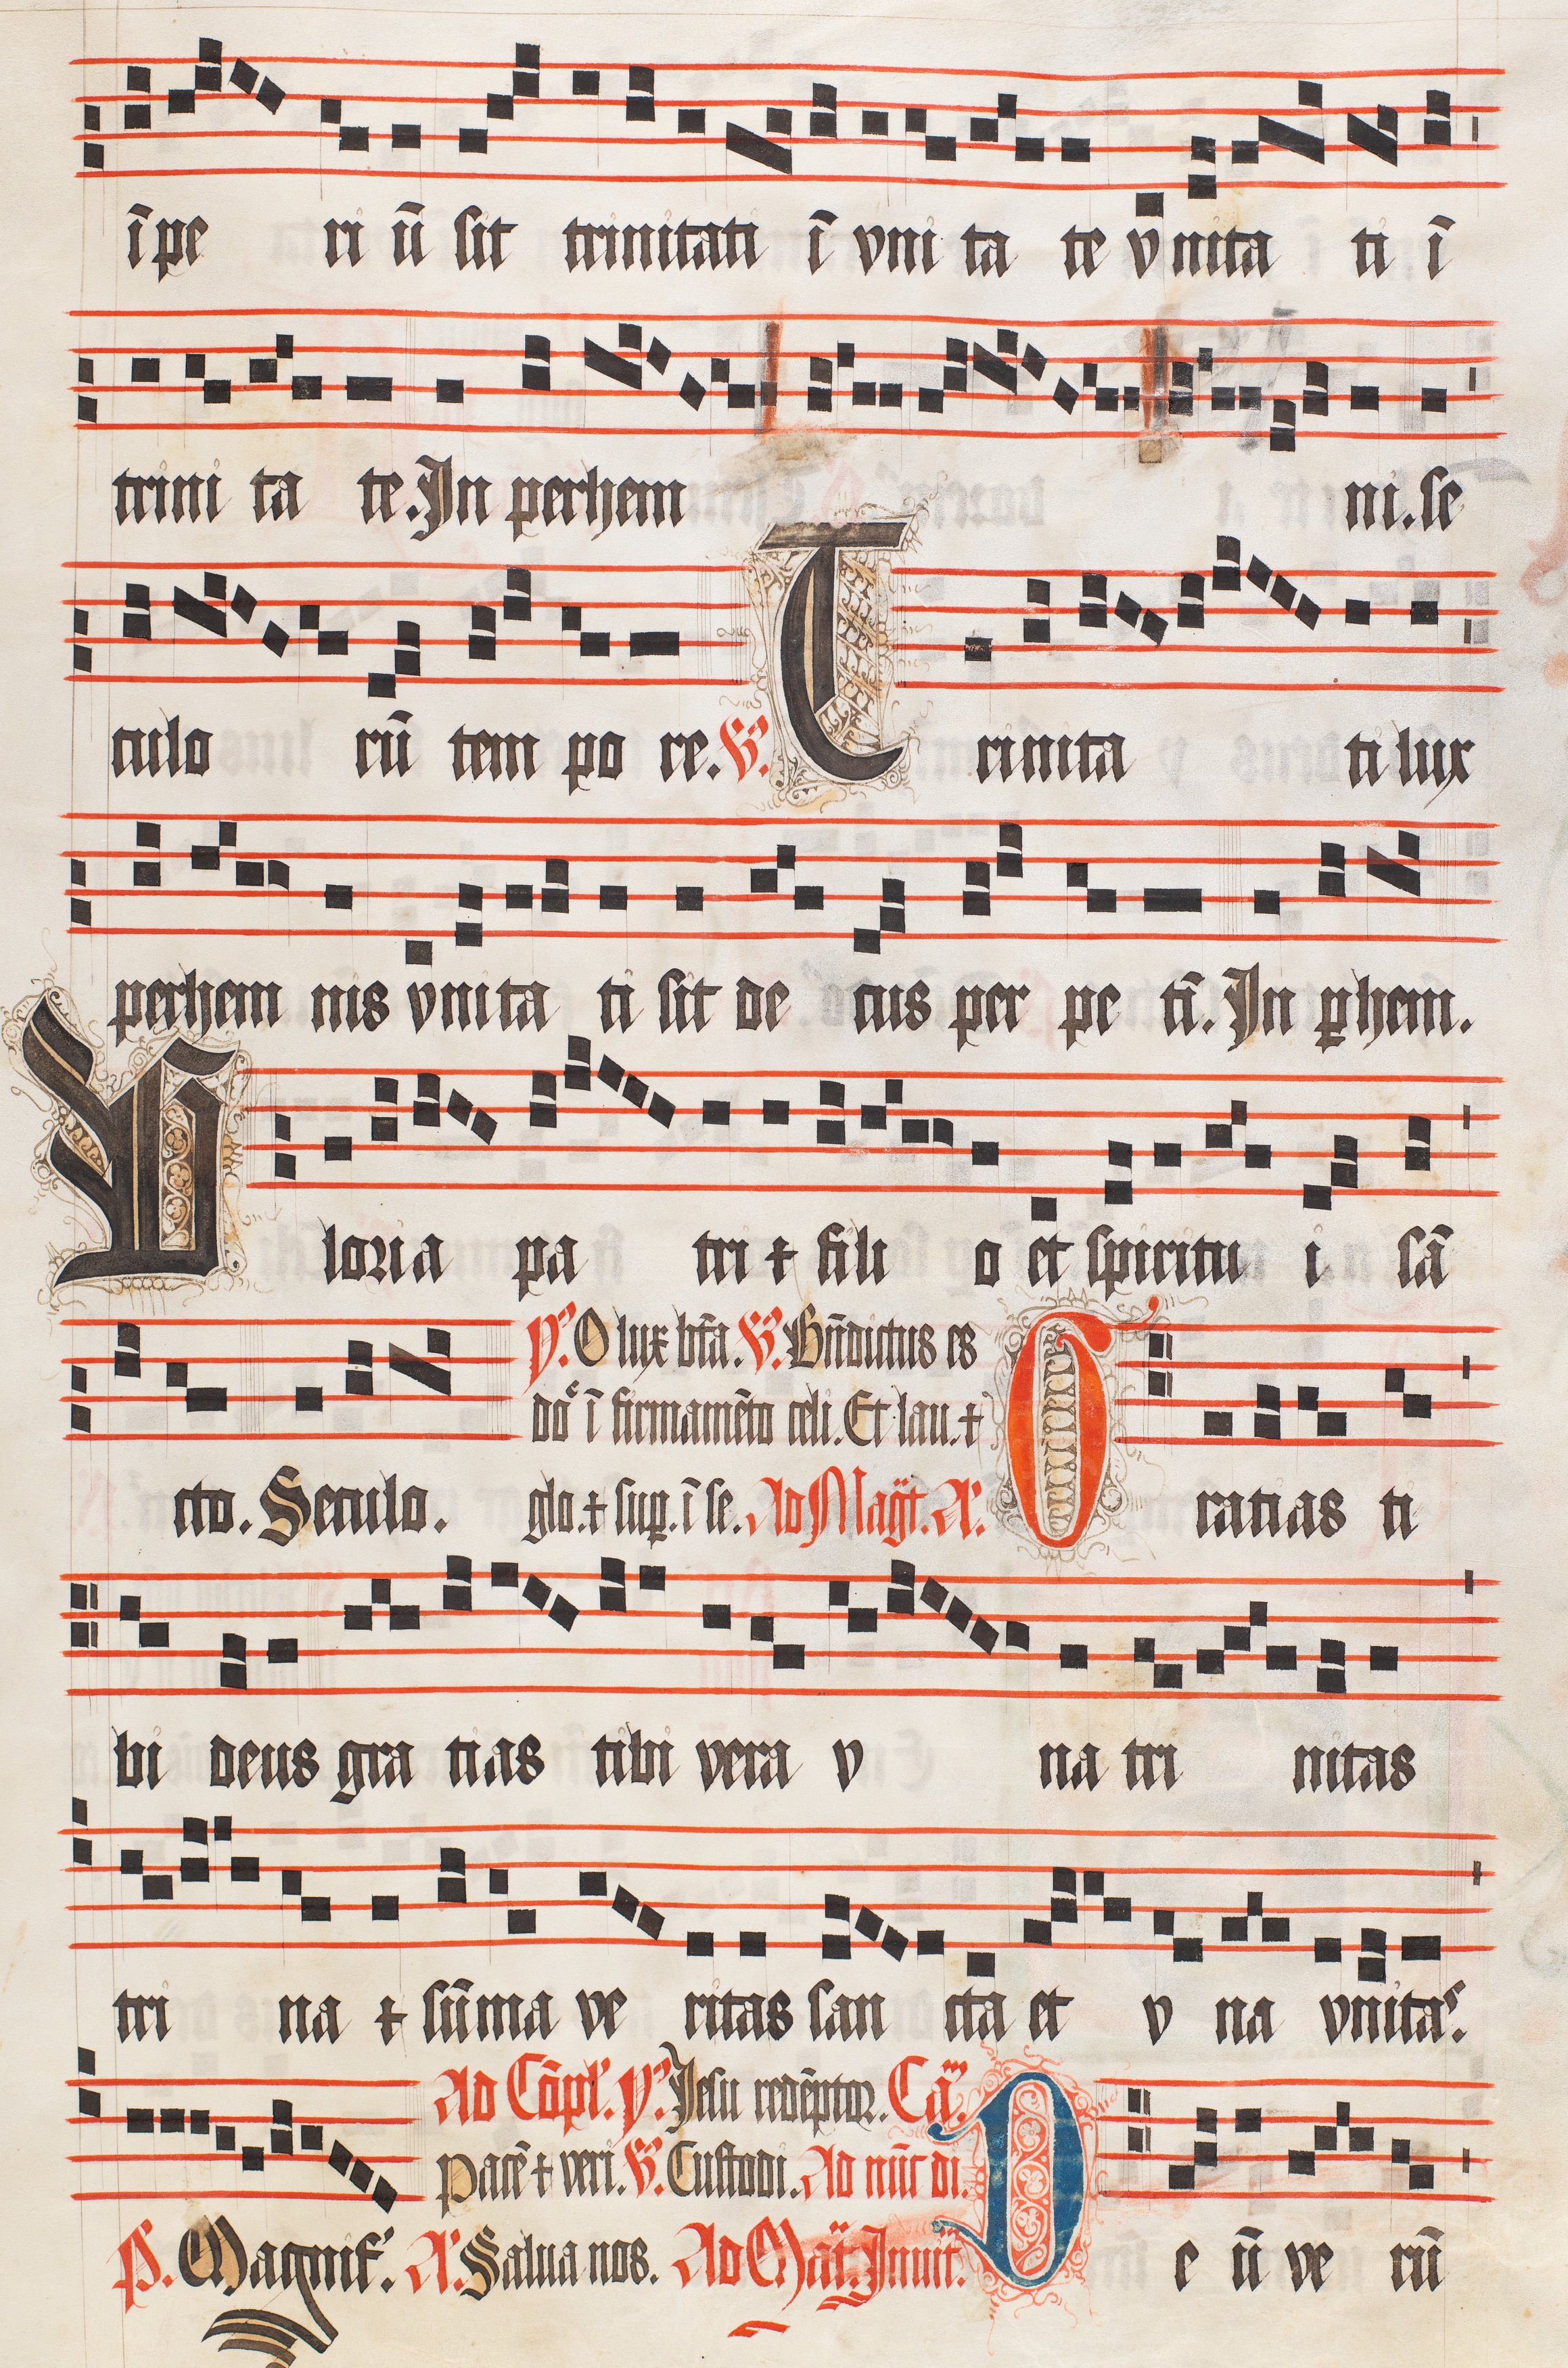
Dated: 1509–1517